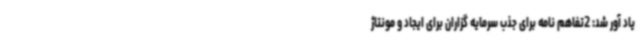
یاد آور شد: 2تفاهم نامه برای جذب سرمایه گزاران برای ایجاد و مونتاژ